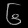
Digit: ၆